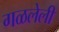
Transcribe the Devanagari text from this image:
गळलेली